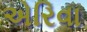
એરિવા